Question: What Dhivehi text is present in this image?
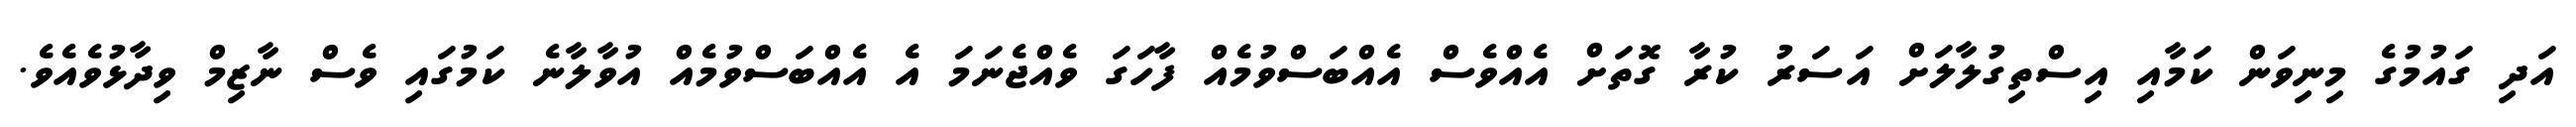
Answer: އަދި ގައުމުގެ މިނިވަން ކަމާއި އިސްތިގުލާލަށް އަސަރު ކުރާ ގޮތަށް އެއްވެސް އެއްބަސްވުމެއް ފާހަގަ ވެއްޖެނަމަ އެ އެއްބަސްވުމެއް އުވާލާނެ ކަމުގައި ވެސް ނާޒިމް ވިދާޅުވެއެވެ.